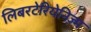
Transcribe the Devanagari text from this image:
लिबरटेरियेनिज़्म